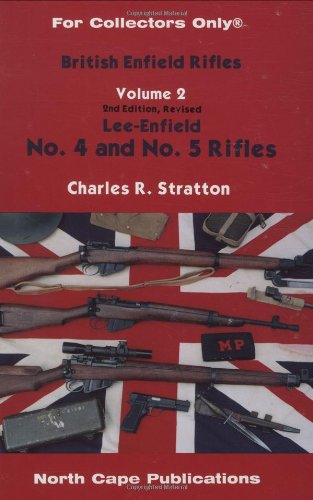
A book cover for British Enfield Rifles, Lee-Enfield No. 4 and No. 5 Rifles, Vol. 2 (For Collectors Only); Charles R. Stratton; Engineering & Transportation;